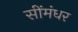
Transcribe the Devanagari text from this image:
सींमंधर